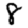
Digit: 8